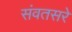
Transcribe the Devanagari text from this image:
संवतसरे